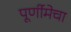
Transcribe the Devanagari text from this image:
पूर्णीमेचा